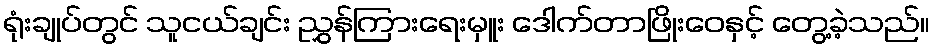
ရုံးချုပ်တွင် သူငယ်ချင်း ညွှန်ကြားရေးမှူး ဒေါက်တာဖြိုးဝေနှင့် တွေ့ခဲ့သည်။